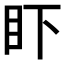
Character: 𰥌